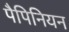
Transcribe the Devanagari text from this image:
पैपिनियन